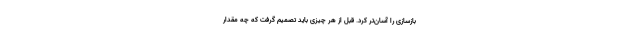
بازسازی را آسان‌تر کرد. قبل از هر چیزی باید تصمیم گرفت که چه مقدار